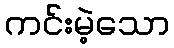
ကင်းမဲ့သော